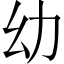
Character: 幼